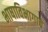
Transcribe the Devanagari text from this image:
भाषाविभागाचे